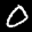
Label: 0